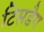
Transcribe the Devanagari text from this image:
टिसडैग